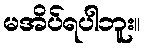
မအိပ်ရပါဘူး။